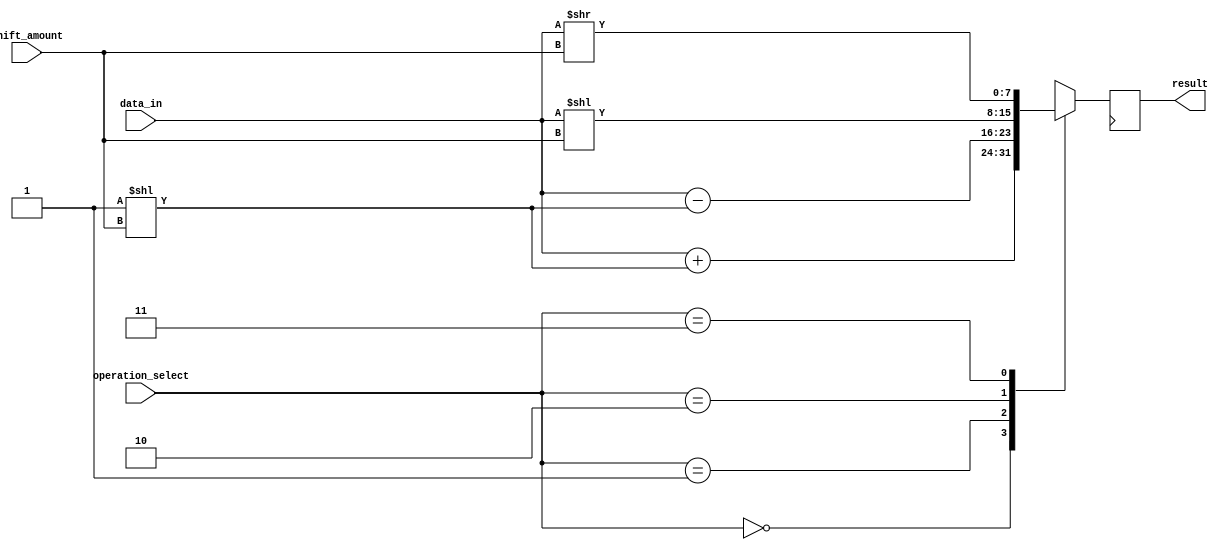
module hybrid_barrel_shifter (
    input [7:0] data_in,
    input [2:0] shift_amount,
    input [1:0] operation_select,
    output reg [7:0] result
);

reg [7:0] temp_result;

always @ (*) begin
    case (operation_select)
        2'b00: temp_result = data_in + (1 << shift_amount);
        2'b01: temp_result = data_in - (1 << shift_amount);
        2'b10: temp_result = data_in << shift_amount;
        2'b11: temp_result = data_in >> shift_amount;
    endcase
end

always @ (posedge clk)
    result <= temp_result;

endmodule